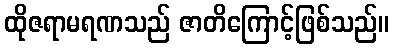
ထိုဇရာမရဏသည် ဇာတိကြောင့်ဖြစ်သည်။